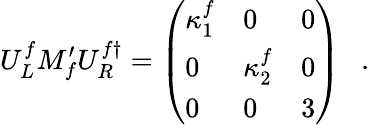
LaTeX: U_{L}^{f}M_{f}^{\prime}U_{R}^{f\dagger}=\left(\begin{array}{lll}{{\kappa_{1}^{f}}}&{{0}}&{{0}}\\ {{0}}&{{\kappa_{2}^{f}}}&{{0}}\\ {{0}}&{{0}}&{{3}}\end{array}\right)~~~.